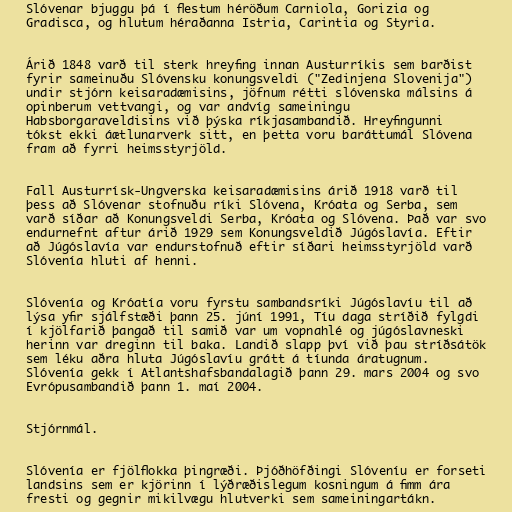
Slóvenar bjuggu þá í flestum héröðum Carniola, Gorizia og
Gradisca, og hlutum héraðanna Istria, Carintia og Styria.

Árið 1848 varð til sterk hreyfing innan Austurríkis sem barðist
fyrir sameinuðu Slóvensku konungsveldi ("Zedinjena Slovenija")
undir stjórn keisaradæmisins, jöfnum rétti slóvenska málsins á
opinberum vettvangi, og var andvíg sameiningu
Habsborgaraveldisins við þýska ríkjasambandið. Hreyfingunni
tókst ekki áætlunarverk sitt, en þetta voru baráttumál Slóvena
fram að fyrri heimsstyrjöld.

Fall Austurrísk-Ungverska keisaradæmisins árið 1918 varð til
þess að Slóvenar stofnuðu ríki Slóvena, Króata og Serba, sem
varð síðar að Konungsveldi Serba, Króata og Slóvena. Það var svo
endurnefnt aftur árið 1929 sem Konungsveldið Júgóslavía. Eftir
að Júgóslavía var endurstofnuð eftir síðari heimsstyrjöld varð
Slóvenía hluti af henni.

Slóvenía og Króatía voru fyrstu sambandsríki Júgóslavíu til að
lýsa yfir sjálfstæði þann 25. júní 1991, Tíu daga stríðið fylgdi
í kjölfarið þangað til samið var um vopnahlé og júgóslavneski
herinn var dreginn til baka. Landið slapp því við þau stríðsátök
sem léku aðra hluta Júgóslavíu grátt á tíunda áratugnum.
Slóvenía gekk í Atlantshafsbandalagið þann 29. mars 2004 og svo
Evrópusambandið þann 1. maí 2004.

Stjórnmál.

Slóvenía er fjölflokka þingræði. Þjóðhöfðingi Slóveníu er forseti
landsins sem er kjörinn í lýðræðislegum kosningum á fimm ára
fresti og gegnir mikilvægu hlutverki sem sameiningartákn.